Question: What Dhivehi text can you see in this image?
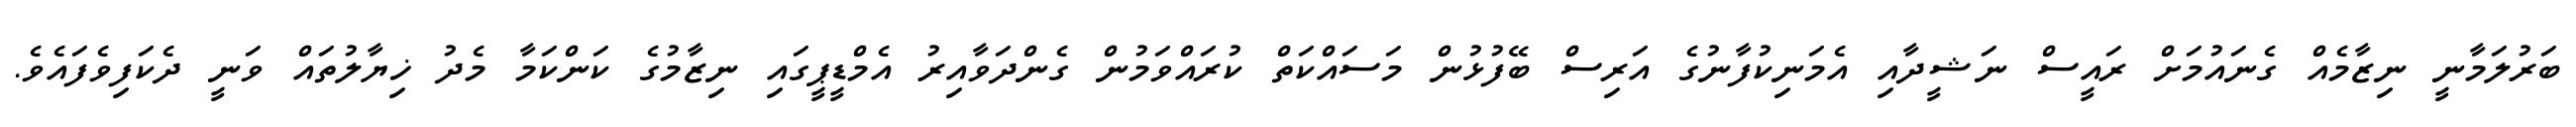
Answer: ބަރުލަމާނީ ނިޒާމެއް ގެނައުމަށް ރައީސް ނަޝީދާއި އެމަނިކުފާނުގެ އަރިސް ބޭފުޅުން މަސައްކަތް ކުރައްވަމުން ގެންދަވާއިރު އެމްޑީޕީގައި ނިޒާމުގެ ކަންކަމާ މެދު ޚިޔާލުތައް ވަނީ ދެކަފިވެފައެވެ.